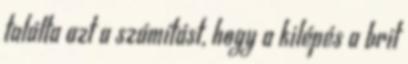
találta azt a számítást, hogy a kilépés a brit